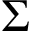
\Sigma